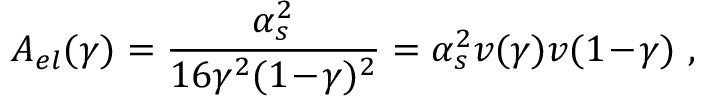
A _ { e l } ( \gamma ) = \frac { \alpha _ { s } ^ { 2 } } { 1 6 \gamma ^ { 2 } ( 1 \! - \! \gamma ) ^ { 2 } } = \alpha _ { s } ^ { 2 } v ( \gamma ) v ( 1 \! - \! \gamma ) \ ,